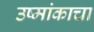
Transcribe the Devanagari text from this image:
उष्मांकाचा